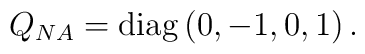
Q_{NA} = \rm{diag}\, (0,-1,0,1)  \, .